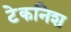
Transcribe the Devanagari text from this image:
टेकनिश